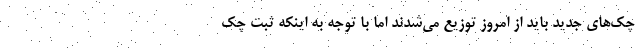
چک‌های جدید باید از امروز توزیع می‌شدند اما با توجه به اینکه ثبت چک